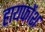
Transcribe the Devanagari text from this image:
हायफोंश